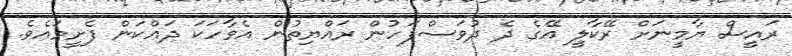
ރައީސް ޔާމީނަށް ރޭކާލީ އޭގެ ދެ ދުވަސްފަހުން ރައްޔިތުން އެވާހަކަ ދައްކަން ފެށީމަައެވެ.